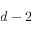
d - 2